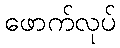
ဖောက်လုပ်